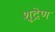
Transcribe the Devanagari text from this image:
शूद्रेण